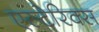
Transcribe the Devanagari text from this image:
एस्टेरिक्स